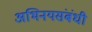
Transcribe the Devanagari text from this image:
अभिनयसंबंधी